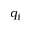
q _ { i }